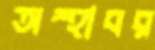
অস্হাবর